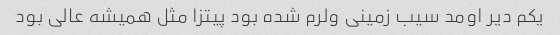
یکم دیر اومد سیب زمینی ولرم شده بود پیتزا مثل همیشه عالی بود